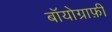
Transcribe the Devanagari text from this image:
बॉयोग्राफ़ी